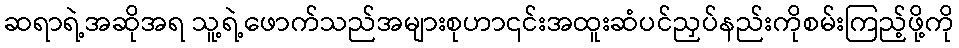
ဆရာရဲ့အဆိုအရ သူ့ရဲ့ဖောက်သည်အများစုဟာ၎င်းအထူးဆံပင်ညှပ်နည်းကိုစမ်းကြည့်ဖို့ကို